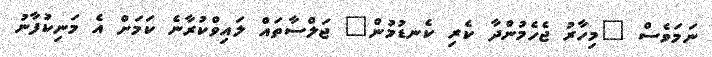
ނަމަވެސް "މިހާރު ޖެހެމުންދާ ކެރި ކެނޑުމުން" ޖަލްސާތައް ލައިވްކުރާނެ ކަމަށް އެ މަނިކުފާނު